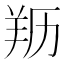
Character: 𦍠